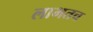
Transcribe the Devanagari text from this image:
लाभतच